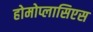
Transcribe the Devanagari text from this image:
होमोप्लासिएस